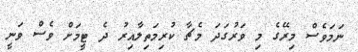
ނަމަވެސް މިރޭގެ މި ވަރުގަދަ މެޗާ ކުރިމަތިލާއިރު ދެ ޓީމަށް ވެސް ވަނީ